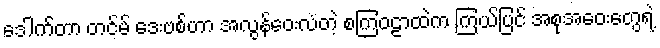
ဒေါက်တာ တင်မ် ဒေးဗစ်ဟာ အလွန်ဝေးလံတဲ့ စကြဝဠာထဲက ကြယ်ပြင် အစုအဝေးတွေရဲ့